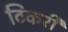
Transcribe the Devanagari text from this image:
ठिकरी